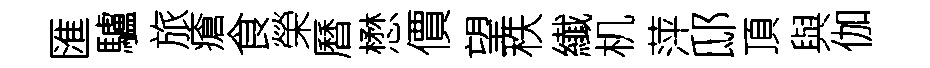
匯驢旅瘡食榮曆懋價望秩纎机萍邸頂與伽